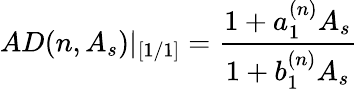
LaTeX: AD(n,A_{s})|_{[1/1]}=\frac{1+a_{1}^{(n)}A_{s}}{1+b_{1}^{(n)}A_{s}}